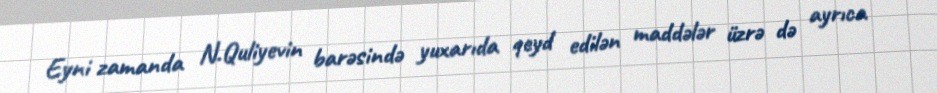
Eyni zamanda N.Quliyevin barəsində yuxarıda qeyd edilən maddələr üzrə də ayrıca